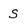
Character: s